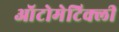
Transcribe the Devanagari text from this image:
ऑटोमेटिक्ली